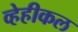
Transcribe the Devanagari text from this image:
व्हेहीकल